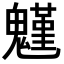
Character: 𩴗